Annual report on the lock hospitals of the Madras Presidency
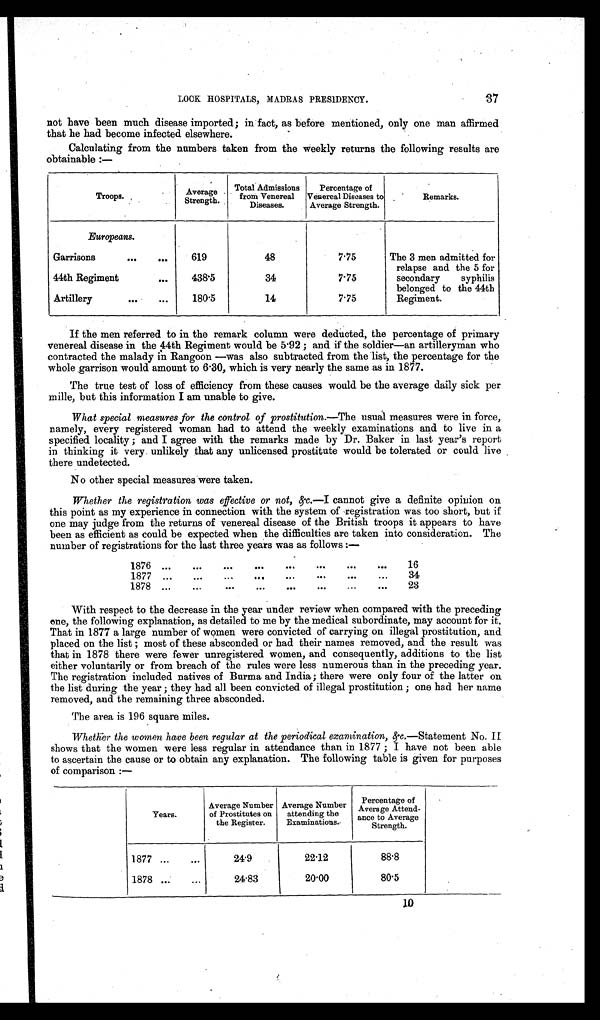
37
LOOK HOSPITALS, MADRAS PRESIDENCY.
not have been much disease imported; in fact, as before mentioned, only one man affirmed
that he had become infected elsewhere.
Calculating from the numbers taken from the weekly returns the following results are
obtainable :—
Troops.
Average
Strength.
Total Admissions
from Venereal
Diseases.
Percentage of
Venereal Diseases to
Average Strength.
Remarks.
Europeans.
Garrisons
...
...
619
48
7.75
The 3 men admitted for
relapse and the 5 for
secondary syphilis
belonged to the 44th
Regiment.
44th Regiment
...
438.5
34
7.75
Artillery
...
...
180.5
14
7.75
If the men referred to in the remark column were deducted, the percentage of primary
venereal disease in the 44th Regiment would be 5.92 ; and if the soldier—an artilleryman who
contracted the malady in Rangoon—was also subtracted from the list, the percentage for the
whole garrison would amount to 6.30, which is very nearly the same as in 1877.
The true test of loss of efficiency from these causes would be the average daily sick per
mille, but this information I am unable to give.
What special measures for the control of prostitution.—The usual measures were in force,
namely, every registered woman had to attend the weekly examinations and to live in a
specified locality ; and I agree with the remarks made by Dr. Baker in last year's report
in thinking it very. unlikely that any unlicensed prostitute would be tolerated or could live .
there undetected.
No other special measures were taken.
Whether the registration was effective or not, &c.— I cannot give a definite opinion on
this point as my experience in connection with the system of registration was too short, but if
one may judge from the returns of venereal disease of the British troops it appears to have
been as efficient as could be expected when the difficulties are taken into consideration. The
number of registrations for the last three years was as follows :—
1876 ...
...
...
...
...
...
. . .
. . .
16
1877 ...
...
...
...
...
. . .
. . .
34
1878 ...
...
...
...
...
...
. . .
. . .
23
With respect to the decrease in the year under review when compared with the preceding
one, the following explanation, as detailed to me by the medical subordinate, may account for it,
That in 1877 a large number of women were convicted of carrying on illegal prostitution, and
placed on the list ; most of these absconded or had their names removed, and the result was
that in 1878 there were fewer unregistered women, and consequently, additions to the list
either voluntarily or from breach of the rules were less numerous than in the preceding year.
The registration included natives of Burma and India; there were only four of the latter on
the list during the year ; they had all been convicted of illegal prostitution ; one had her name
removed, and the remaining three absconded.
The area is 196 square miles.
Whether the women have been regular at the periodical examination, &c. —Statement No. II
shows that the women were less regular in attendance than in 1877 ; I have not been able
to ascertain the cause or to obtain any explanation. The following table is given for purposes
of comparison :—
Years.
Average Number
of Prostitutes on
the Register.
Average Number
attending the
Examinations.
Percentag of
Average Attend-
ante to Average
Strength.
1877 ...
...
24.9
22.12
88.8
1878 ...
...
24.83
20.00
80.5
10